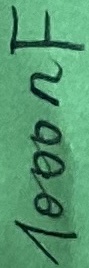
Text: 1000nF